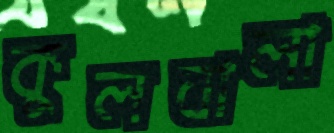
কুলবালা